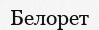
Белорет